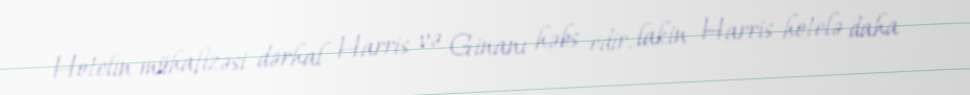
Hotelin mühafizəsi dərhal Harris və Ginanı həbs edir, lakin Harris hotelə daha